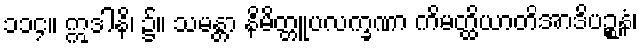
၁၁၄။ ဣဒါနိ၊ ၌။ သမန္တာ နိမိတ္တူပလက္ခဏာ ကိမတ္ထိယာတိအာဒိပဉ္စနံ၊